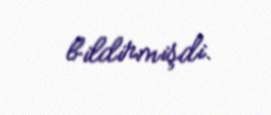
bildirmişdi.